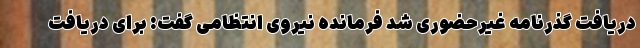
دریافت گذرنامه غیرحضوری شد فرمانده نیروی انتظامی گفت: برای دریافت